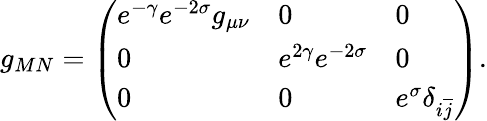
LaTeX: g_{MN}=\left(\begin{array}{lll}{{e^{-\gamma}e^{-2\sigma}g_{\mu\nu}}}&{{0}}&{{0}}\\ {{0}}&{{e^{2\gamma}e^{-2\sigma}}}&{{0}}\\ {{0}}&{{0}}&{{e^{\sigma}\delta_{i\overline{{j}}}}}\end{array}\right).